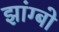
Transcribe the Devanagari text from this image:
झांग्बो